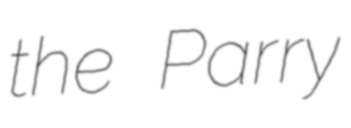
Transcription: the Parry